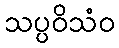
သပ္ပဝိသံဝ